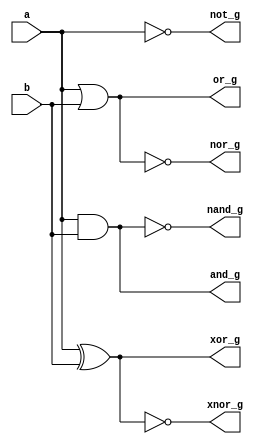
`timescale 1ns / 1ps

module logic_gates(
    input a, b,
    output and_g,
    output or_g,
    output not_g,
    output nand_g,
    output nor_g,
    output xor_g,
    output xnor_g
    );
    
    and andgate(and_g, a, b);
    or orgate(or_g, a, b);
    not notgate(not_g, a);
    nand nandgate(nand_g, a, b);
    nor norgate(nor_g, a, b);
    xor xorgate(xor_g, a, b);
    xnor xnorgate(xnor_g, a, b);
endmodule